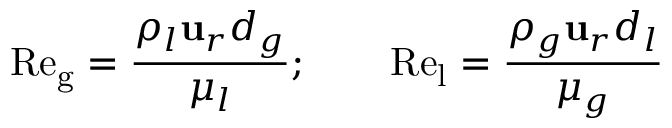
\mathrm { R e _ { g } } = \frac { \rho _ { l } \mathbf { u } _ { r } d _ { g } } { \mu _ { l } } ; \qquad \mathrm { R e _ { l } } = \frac { \rho _ { g } \mathbf { u } _ { r } d _ { l } } { \mu _ { g } }